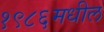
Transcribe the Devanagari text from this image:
१९८६मधील